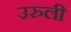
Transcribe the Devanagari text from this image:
उरुली